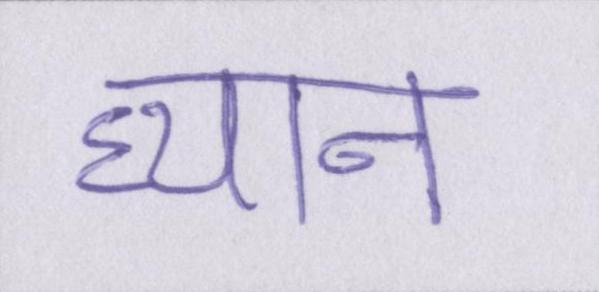
ध्यान